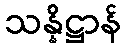
သန္နိဋ္ဌာန်